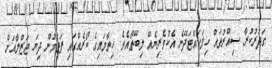
ގަދަރުކުރާ ސިއްރުތައް ހިފަހައްޓަދޭނެ އެކުވެރިޔެއް ލިބޭތޯއެވެ. ހިތާމައިގެ ކޯރެއްގައި ފަތަމުން ދިޔަ ޖަޒްލާއަށް